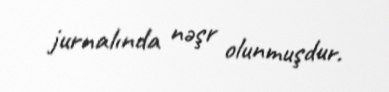
jurnalında nəşr olunmuşdur.